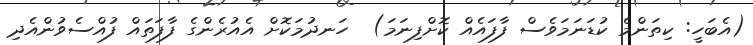
(އެބަހީ: ކިތަންމެ ކުޑަނަމަވެސް ފާފައެއް ކޮށްފިނަމަ)  ހަނދުމަކޮށް އެއުރެންގެ ފާފަތައް ފުއްސެވުންއެދި